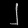
Digit: ၂